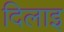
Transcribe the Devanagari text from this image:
दिलाइ